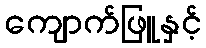
ကျောက်ဖြူနှင့်